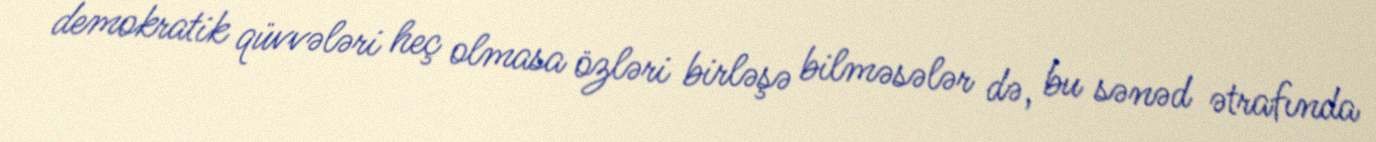
demokratik qüvvələri heç olmasa özləri birləşə bilməsələr də, bu sənəd ətrafında